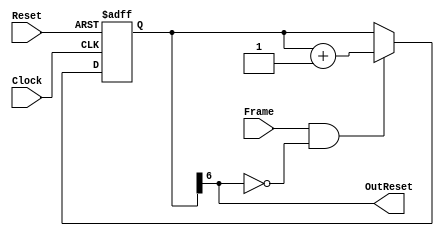
//
//		
//	
/* Portlist
Reseter rstr(
		.Clock(Clock),		//i
		.Reset(Reset),		//i
		.Frame(Frame),		//i
		.OutReset(OutReset)	//o
	);
*/

module Reseter
(
	input Clock,Reset,Frame,
	output OutReset
);
	reg [6:0] rFrameCount;
	assign OutReset	= rFrameCount[6];	// 64Frame
	always@(posedge Reset or posedge Clock) begin
		if(Reset)begin
			rFrameCount	<= 1'b0;
		end else begin
			if(Frame && !rFrameCount[6])
				rFrameCount	<= rFrameCount + 1'b1;
		end
	end

endmodule